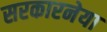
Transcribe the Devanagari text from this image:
सरकारनेया